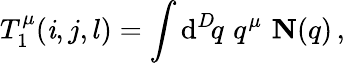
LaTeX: T_{1}^{\mu}(\mathit{i},j,l)=\int\mathrm{d}^{D}\! q\, \, q^{\mu}\, \, {\mathbf{N}}(q)\, ,